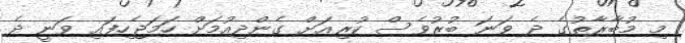
މި މުބާރާތުގެ ދެ ވަނަ ބުރުވެސް ކުރިއަށް ގެންދިއުމަށް ހަމަޖެހިފައި ވަނީ ދެ